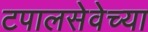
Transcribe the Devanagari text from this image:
टपालसेवेच्या